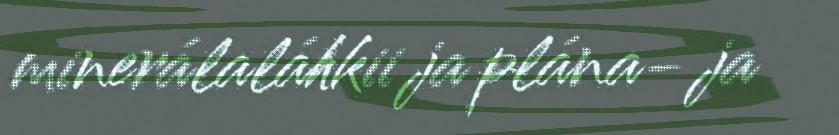
minerálaláhkii ja plána- ja